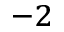
^ { - 2 }